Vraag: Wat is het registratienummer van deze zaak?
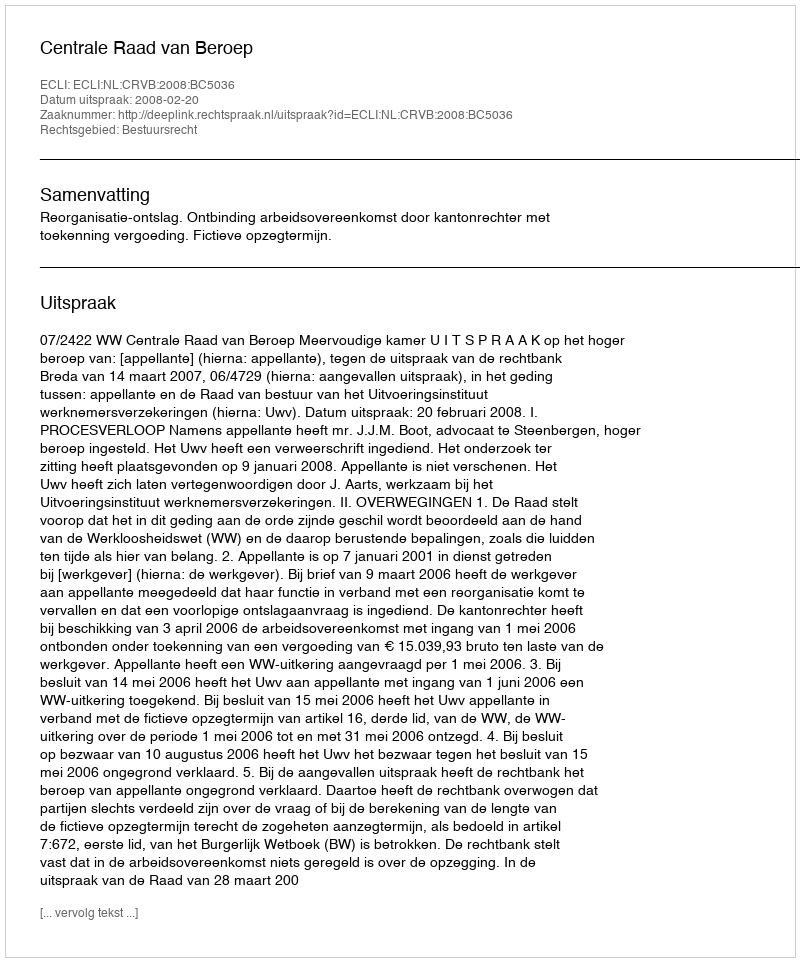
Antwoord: http://deeplink.rechtspraak.nl/uitspraak?id=ECLI:NL:CRVB:2008:BC5036